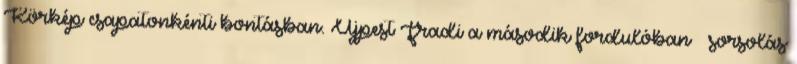
Körkép csapatonkénti bontásban. Újpest–Fradi a második fordulóban – sorsolás